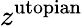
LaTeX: z^{\mathrm{utopian}}